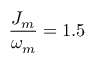
\frac { J _ { m } } { \omega _ { m } } = 1 . 5